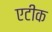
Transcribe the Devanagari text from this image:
एटीक